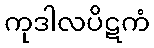
ကုဒါလပိဋကံ